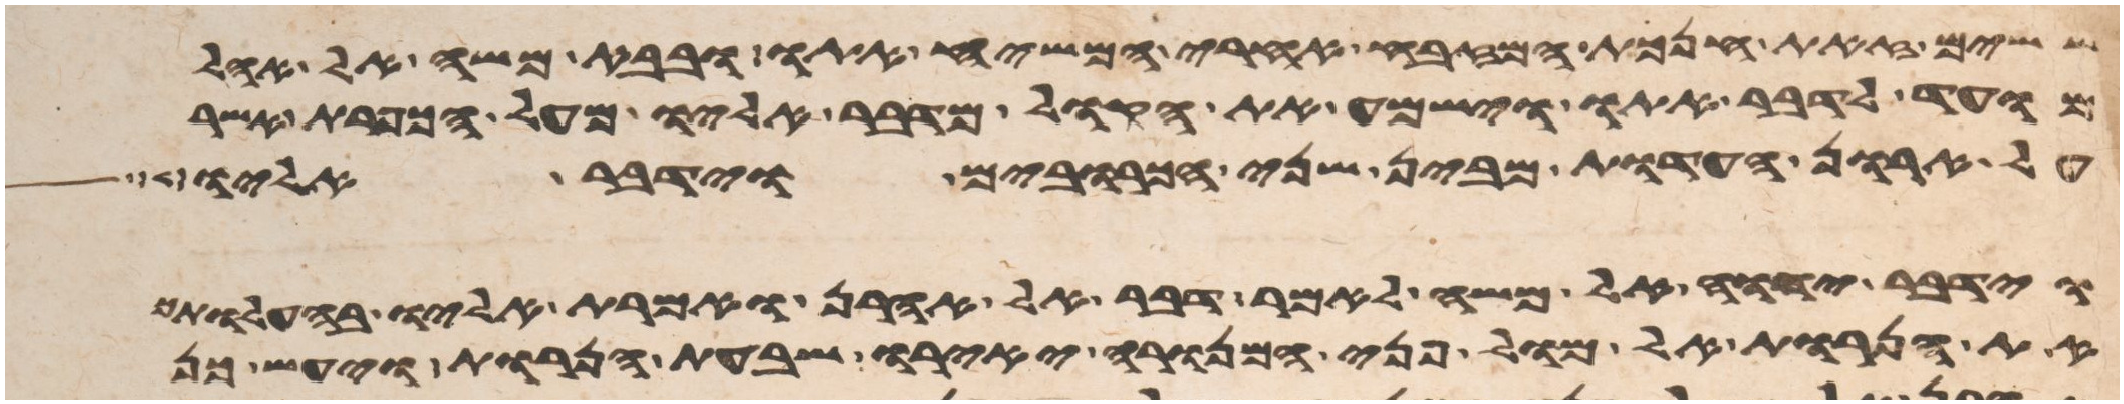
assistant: ששים זאת חנכת המזבח אחרי המשח אתו ובבא משה אל אהל
מועד לדבר אתו וישמע את הקול מדבר אליו מעל הכפרת אשר
על ארון העדות מבין שני הכרובים וידבר אליו
וידבר יהוה אל משה לאמר דבר אל אהרן ואמרת אליו בהעלותך
את הנרות אל מול פני המנורה יאירו שבעת הנרות ויעש כן